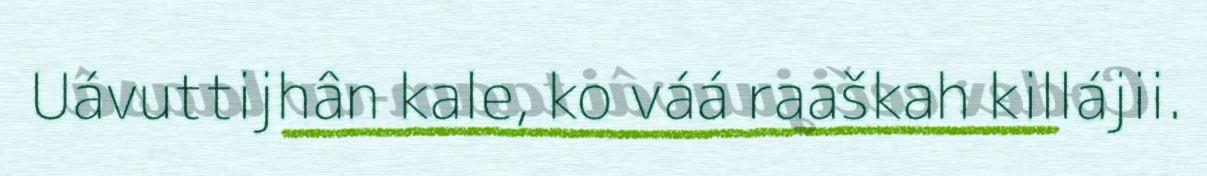
Uávuttijhân kale, ko váá raaškah killájii.